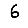
Digit: 6